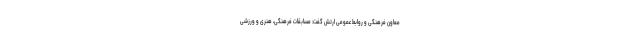
معاون فرهنگی و روابط عمومی ارتش گفت: مسابقات فرهنگی، هنری و ورزشی